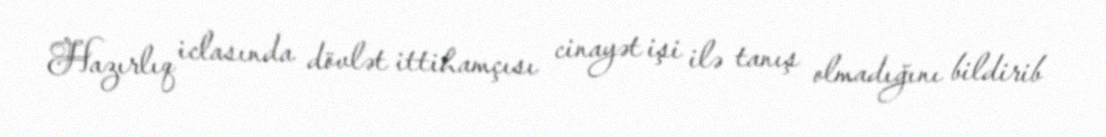
Hazırlıq iclasında dövlət ittihamçısı cinayət işi ilə tanış olmadığını bildirib